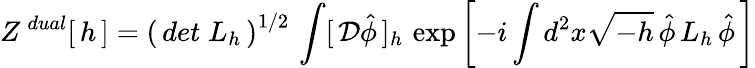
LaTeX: Z^{\, dual}[\, h\, ]=\left(\, det\; L_{h}\, \right)^{1/2}\, \int[\, {\cal D}\hat{\phi}\, ]_{h}\, \exp\left[-i\int d^{2}x\sqrt{-h}\, \hat{\phi}\, L_{h}\, \hat{\phi}\, \right]